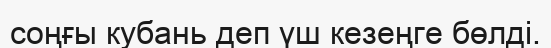
соңғы кубань деп үш кезеңге бөлді.